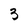
Character: 3